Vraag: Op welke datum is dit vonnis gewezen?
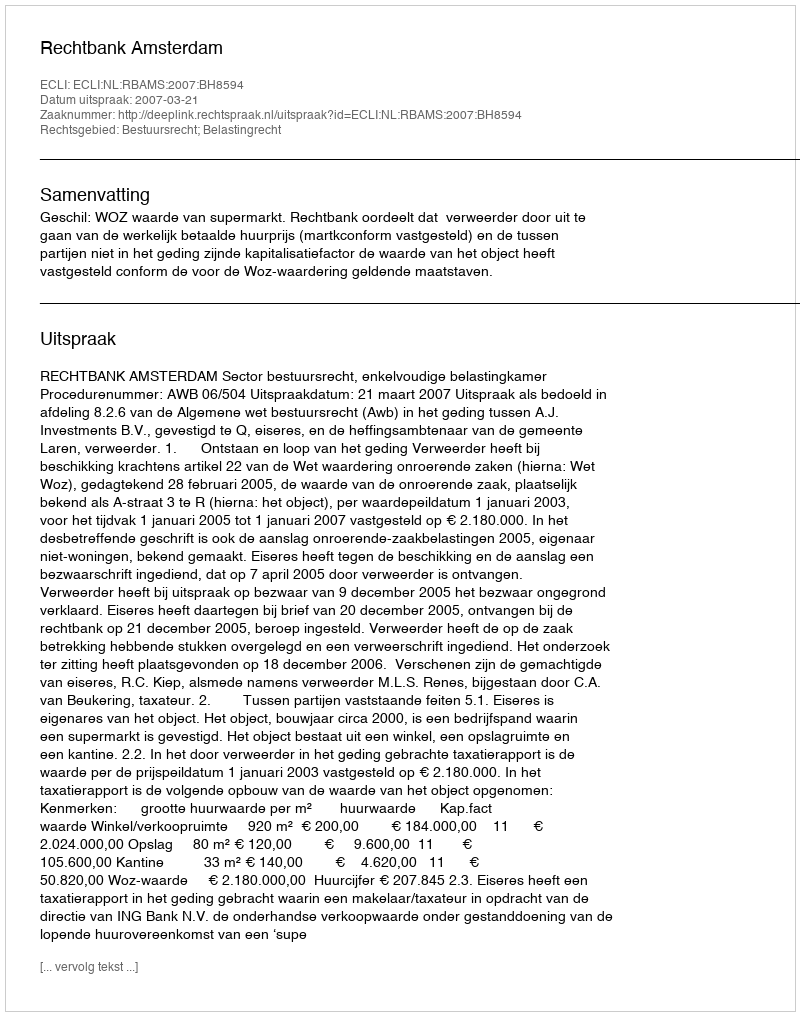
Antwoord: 2007-03-21